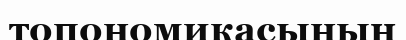
топономикасының